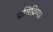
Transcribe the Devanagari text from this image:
प्रतिक्रिया।